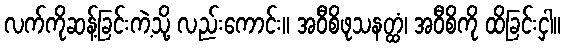
လက်ကိုဆန့်ခြင်းကဲ့သို့ လည်းကောင်း။ အဝီစိဖုသနတ္ထံ၊ အဝီစိကို ထိခြင်းငှါ။